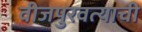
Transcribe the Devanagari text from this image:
वीजपुरवत्याची